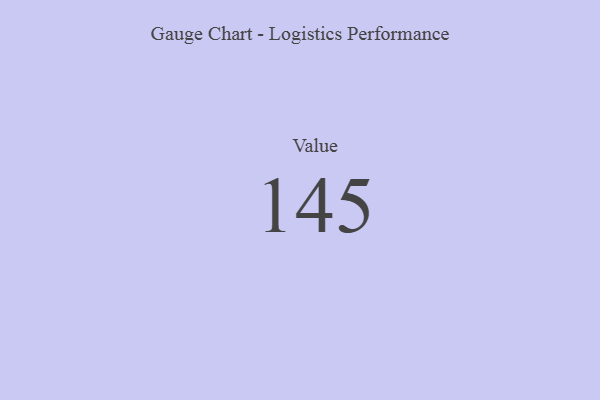
{"axis": {"x": "Metric", "y": "Value"}, "legend": [""], "data": [{"x": "Value", "y": 145, "type": ""}]}